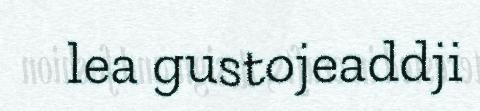
lea gustojeaddji